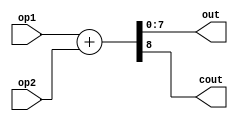
module MY_ADD(op1, op2, out, cout);
    input[7:0] op1, op2;
    output[7:0] out;
    output cout;

    assign {cout, out} = op1 + op2;

endmodule